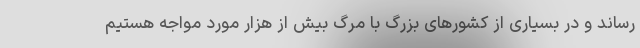
رساند و در بسیاری از کشورهای بزرگ با مرگ بیش از هزار مورد مواجه هستیم